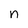
Character: n